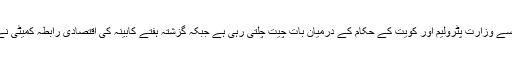
اس معاہدے پر گزشتہ ایک سال سے زائد عرصہ سے وزارت پٹرولیم اور کویت کے حکام کے درمیان بات چیت چلتی رہی ہے جبکہ گزشتہ ہفتے کابینہ کی اقتصادی رابطہ کمیٹی نے بھی ایل این جی معاہدے کی منظوری دیدی ہے۔